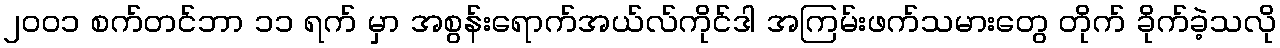
၂၀၀၁ စက်တင်ဘာ ၁၁ ရက် မှာ အစွန်းရောက်အယ်လ်ကိုင်ဒါ အကြမ်းဖက်သမားတွေ တိုက် ခိုက်ခဲ့သလို